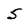
Character: 5